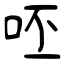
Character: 呸